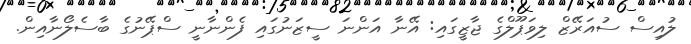
ލުއިސް ސުއަރޭޒް ލިވަޕޫލްގެ ޖާޒީގައި: އޭނާ އަންނަ ސީޒަނުގައި ފެންނާނީ ސްޕޭނުގެ ބާސެލޯނާއިން.